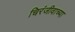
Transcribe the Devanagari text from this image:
चिरंजीवाच्या